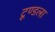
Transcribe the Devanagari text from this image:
टूण्‍डला